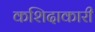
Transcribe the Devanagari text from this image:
कशिदाकारी